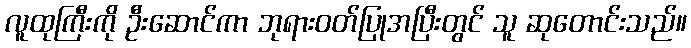
လူထုကြီးကို ဦးဆောင်ကာ ဘုရားဝတ်ပြုအပြီးတွင် သူ ဆုတောင်းသည်။